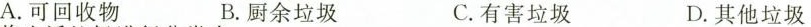
A.可回收物 B.厨余垃圾 C.有害垃圾 D.其他垃圾